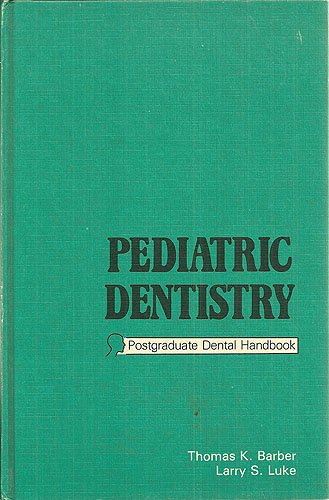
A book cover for Pediatric Dentistry (Postgraduate dental handbook series); Medical Books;